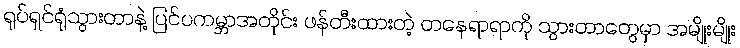
ရုပ်ရှင်ရုံသွားတာနဲ့ ပြင်ပကမ္ဘာအတိုင်း ဖန်တီးထားတဲ့ တနေရာရာကို သွားတာတွေမှာ အမျိုးမျိုး